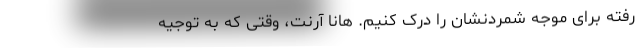
رفته برای موجه شمردنشان را درک کنیم. هانا آرنت، وقتی که به توجیه